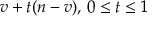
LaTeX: v + t ( n - v ) , \, 0 \leq t \leq 1